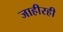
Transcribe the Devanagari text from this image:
जाहीरही